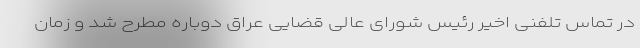
در تماس تلفنی اخیر رئیس شورای عالی قضایی عراق دوباره مطرح شد و زمان